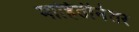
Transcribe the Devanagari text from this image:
माहितीनंतर